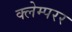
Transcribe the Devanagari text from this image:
क्लेम्परर